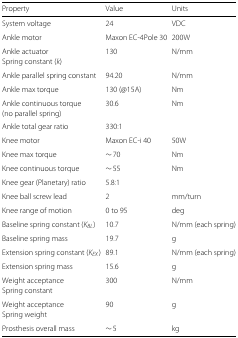
<table><thead><tr><td><b>Property</b></td><td><b>Value</b></td><td><b>Units</b></td></tr></thead><tbody><tr><td>System voltage</td><td>24</td><td>VDC</td></tr><tr><td>Ankle motor</td><td>Maxon EC-4Pole 30</td><td>200W</td></tr><tr><td>Ankle actuator</td><td>130</td><td>N/mm</td></tr><tr><td>Spring constant (<i>k</i>)</td><td></td><td></td></tr><tr><td>Ankle parallel spring constant</td><td>94.20</td><td>N/mm</td></tr><tr><td>Ankle max torque</td><td>130 (<i>@</i>15A)</td><td>Nm</td></tr><tr><td>Ankle continuous torque</td><td>30.6</td><td>Nm</td></tr><tr><td>(no parallel spring)</td><td></td><td></td></tr><tr><td>Ankle total gear ratio</td><td>330:1</td><td></td></tr><tr><td>Knee motor</td><td>Maxon EC-i 40</td><td>50W</td></tr><tr><td>Knee max torque</td><td>∼ 70</td><td>Nm</td></tr><tr><td>Knee continuous torque</td><td>∼ 55</td><td>Nm</td></tr><tr><td>Knee gear (Planetary) ratio</td><td>5.8:1</td><td></td></tr><tr><td>Knee ball screw lead</td><td>2</td><td>mm/turn</td></tr><tr><td>Knee range of motion</td><td>0 to 95</td><td>deg</td></tr><tr><td>Baseline spring constant (<i>K</i><sub><i>BL</i></sub>)</td><td>10.7</td><td>N/mm (each spring)</td></tr><tr><td>Baseline spring mass</td><td>19.7</td><td>g</td></tr><tr><td>Extension spring constant (<i>K</i><sub><i>EX</i></sub>)</td><td>89.1</td><td>N/mm (each spring)</td></tr><tr><td>Extension spring mass</td><td>15.6</td><td>g</td></tr><tr><td>Weight acceptance</td><td>300</td><td>N/mm</td></tr><tr><td>Spring constant</td><td></td><td></td></tr><tr><td>Weight acceptance</td><td>90</td><td>g</td></tr><tr><td>Spring weight</td><td></td><td></td></tr><tr><td>Prosthesis overall mass</td><td>∼ 5</td><td>kg</td></tr></tbody></table>